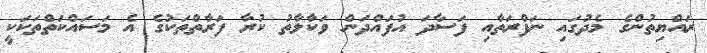
ރައްޔިތުންގެ މެދުގައި ނަފްރަތާއި ފަސާދަ އުފައްދަން ވަކާލާތު ކުރާ ފަރާތްތަކުގެ އެ މަސައްކަތްތަކަކީ